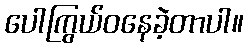
ပေါကြွယ်ဝနေခဲ့တာပါ။